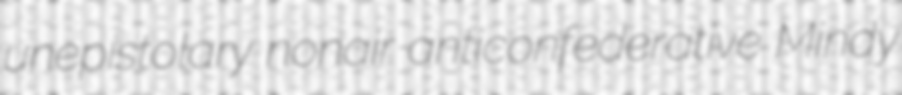
unepistolary nonair anticonfederative Mindy